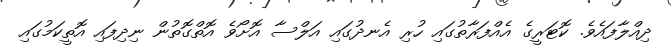
ދިއްލާފައެވެ. ކޮޓަރީގެ އެއްފަރާތުގައި ހުރި އެނދުގައި އަލްސާ އޮށޯވެ އޮތްގޮތުން ނިދިފައި އޮތީކަމުގައި